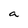
Character: a